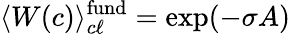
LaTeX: \langle W(c)\rangle_{c\ell}^{\mathrm{fund}}=\exp(-\sigma A)